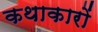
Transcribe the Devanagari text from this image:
कथाकारों